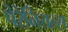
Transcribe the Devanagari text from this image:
पेरेनियल्स